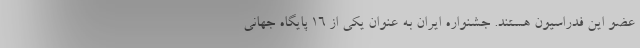
عضو این فدراسیون هستند. جشنواره ایران به عنوان یکی از ۱۶ پایگاه جهانی